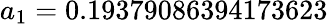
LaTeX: a_{1}=0.19379086394173623